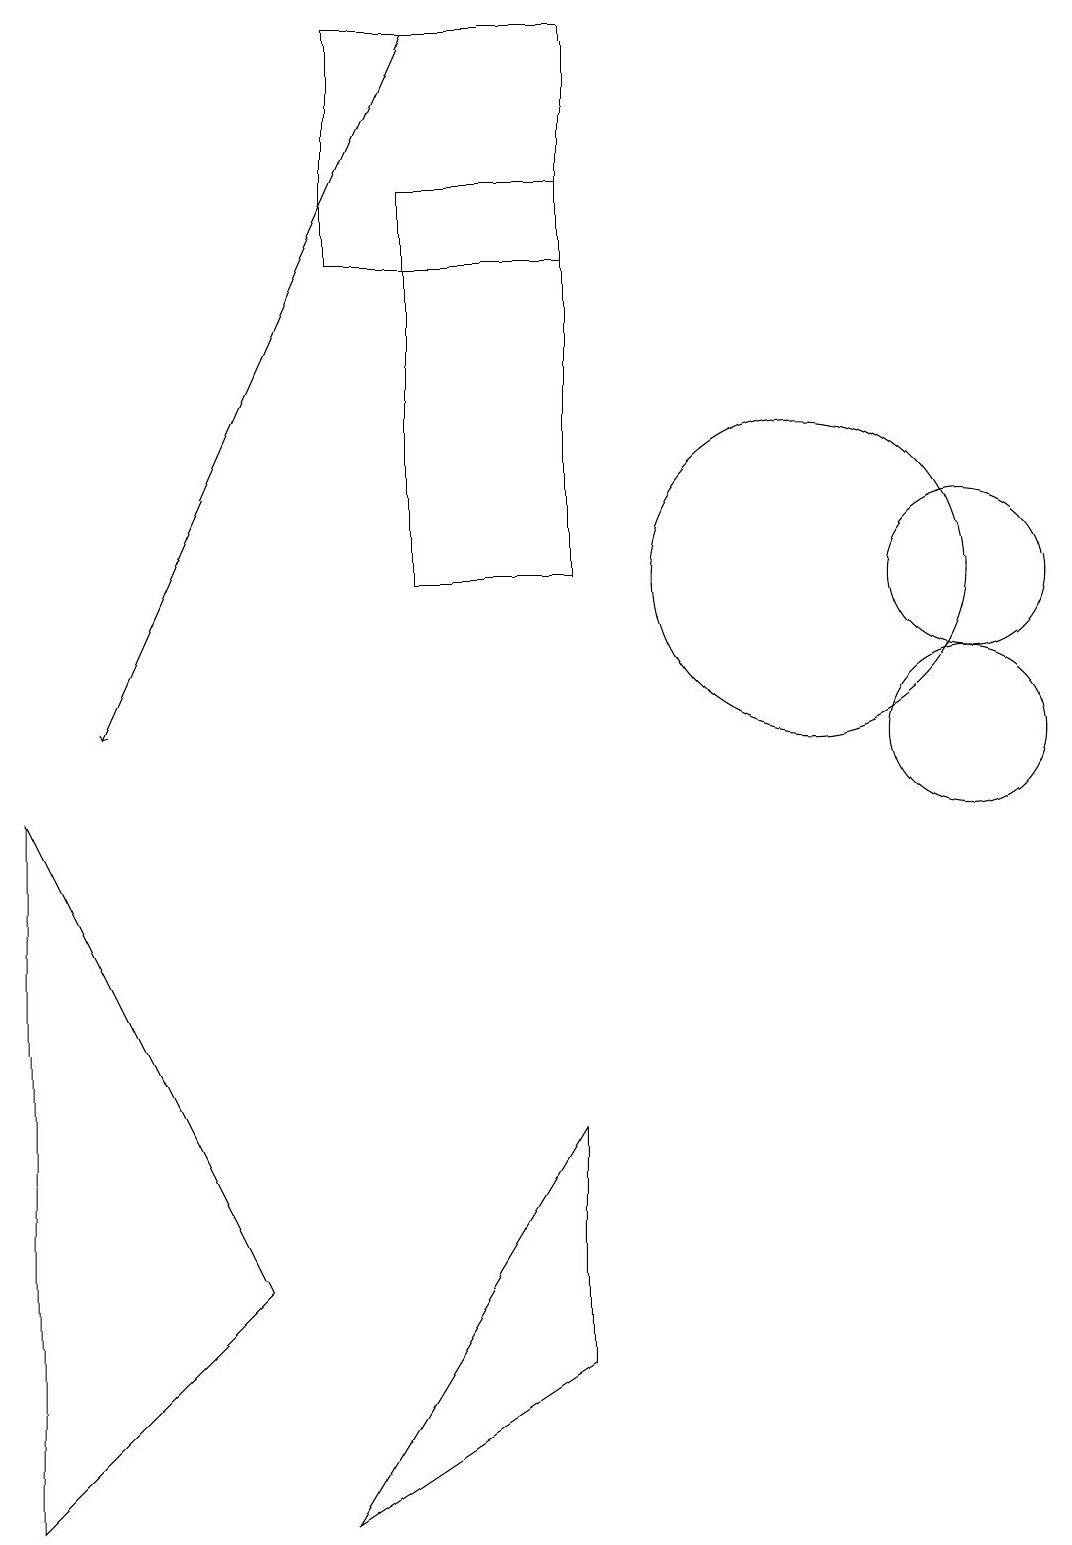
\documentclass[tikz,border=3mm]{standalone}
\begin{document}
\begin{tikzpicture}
\draw (10,12) circle (2);
\draw (12,12) circle (1);
\draw[->] (5,19) -- (1,10);
\draw (4,0) -- (7,2) -- (7,5) -- cycle;
\draw (12,10) circle (1);
\draw (0,9) -- (3,3) -- (0,0) -- cycle;
\draw (7,17) rectangle (5,12);
\draw (4,16) rectangle (7,19);
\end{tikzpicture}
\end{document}